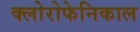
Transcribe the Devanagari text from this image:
क्लोरोफेनिकाल